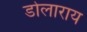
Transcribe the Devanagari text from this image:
डोलाराय